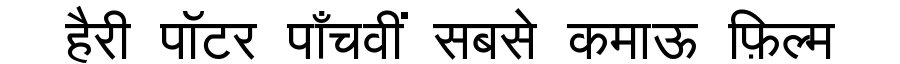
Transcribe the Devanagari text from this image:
हैरी पॉटर पाँचवीं सबसे कमाऊ फ़िल्म